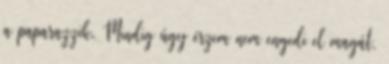
a paparazzik. Mindig úgy érzem nem engedi el magát,